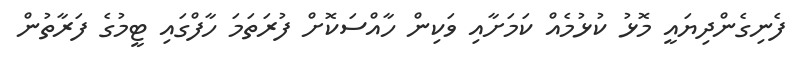
ފެނިގެންދިޔައީ މޮޅު ކުޅުމެއް ކަމަށާއި ވަކިން ހާއްސަކޮށް ފުރަތަމަ ހާފްގައި ޓީމުގެ ފަރާތުން